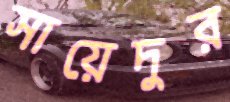
সায়েদুর